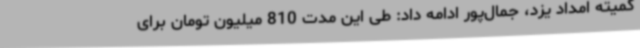
کمیته امداد یزد، جمال‌پور ادامه داد: طی این مدت 810 میلیون تومان برای